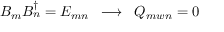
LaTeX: B _ { m } B _ { n } ^ { \dagger } = E _ { m n } \; \; \longrightarrow \; \; Q _ { m w n } = 0